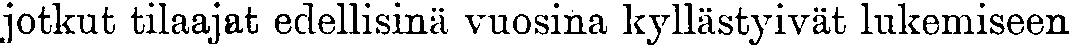
jotkut tilaajat edellisinä vuosina kyllästyivät lukemiseen